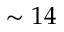
\sim 1 4